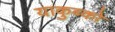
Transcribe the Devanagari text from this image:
याकुब्को